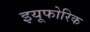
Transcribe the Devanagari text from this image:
इयूफोरिक